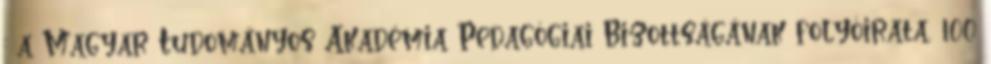
: a Magyar Tudományos Akadémia Pedagógiai Bizottságának folyóirata, 100